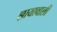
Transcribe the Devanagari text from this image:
छायावाली